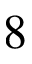
8